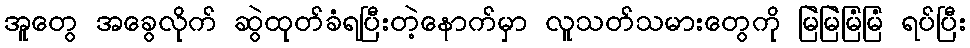
အူတွေ အခွေလိုက် ဆွဲထုတ်ခံရပြီးတဲ့နောက်မှာ လူသတ်သမားတွေကို မြဲမြဲမြံမြံ ရပ်ပြီး